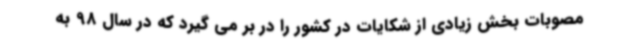
مصوبات بخش زیادی از شکایات در کشور را در بر می گیرد که در سال 98 به